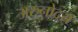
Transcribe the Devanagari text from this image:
अरुनोदय